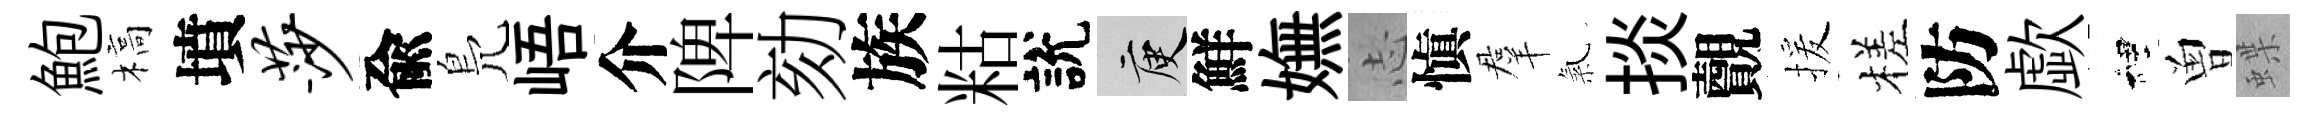
鮑槁墳莎兪鳬峿介陴劾族䊀說庾鮮嫵𢖽愼羣氣掞覿援槎防歔裡曽蝶